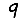
Digit: 9